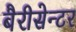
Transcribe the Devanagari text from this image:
बैरीसेन्टर